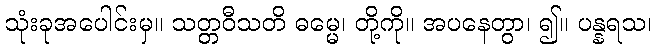
သုံးခုအပေါင်းမှ။ သတ္တဝီသတိ ဓမ္မေ၊ တို့ကို။ အပနေတွာ၊ ၍။ ပန္နရသ၊